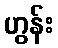
ဟွန်း